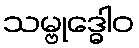
သမ္ဗုဒ္ဓေါဝ